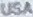
USA